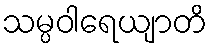
သမ္ပဝါရေယျာတိ